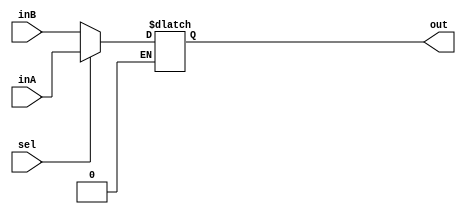
`timescale 1ns / 1ps
//////////////////////////////////////////////////////////////////////////////////
// Company: University of Arizona
// 
// Design Name: Sources
// Module Name: Mux5BitTo1
// Project Name: Single Cycle Processor
// Target Devices: FPGA Board
// Tool Versions: 
// Description: Converts 5 bit signal to 1 bit
// 
// Dependencies:
// 
// Revision:
// Revision 0.01 - File Created
// Additional Comments:
// 
//////////////////////////////////////////////////////////////////////////////////



module Mux5Bit2To1(out, inA, inB, sel);

    output reg [4:0] out;
    
    input [4:0] inA;
    input [4:0] inB;
    input sel;
    
    always @(sel, inA, inB) begin
        if (sel == 1) 
            out <= inA;
        if (sel == 0)
            out <= inB;
    end
endmodule